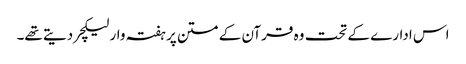
اس ادارے کے تحت وہ قرآن کے متن پر ہفتہ وار لیکچر دیتے تھے۔